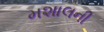
મશાલની